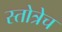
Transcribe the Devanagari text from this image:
स्तोत्रेच